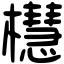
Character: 櫘